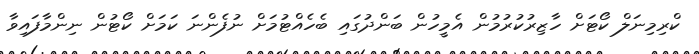
ކްރިމިނަލް ކޯޓަށް ހާޒިރުކުރުމުން އެމީހުން ބަންދުގައި ބެހެއްޓުމަށް ނުފެންނަ ކަމަށް ކޯޓުން ނިންމާފައިވާ